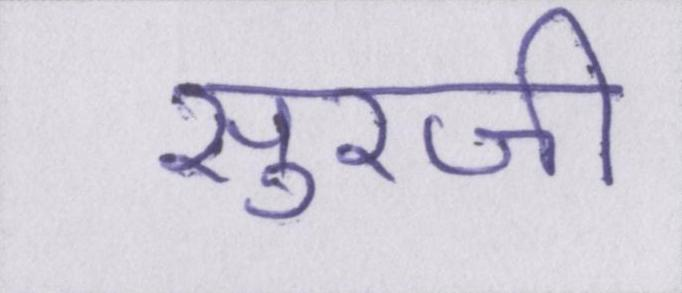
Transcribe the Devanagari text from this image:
सुरजी